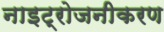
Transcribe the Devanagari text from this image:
नाइट्रोजनीकरण